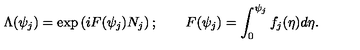
\Lambda ( \psi _ { j } ) = \exp \left( i F ( \psi _ { j } ) N _ { j } \right) ; \qquad F ( \psi _ { j } ) = \int _ { 0 } ^ { \psi _ { j } } f _ { j } ( \eta ) d \eta .